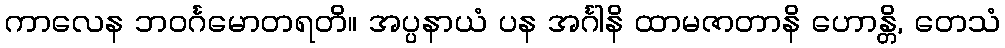
ကာလေန ဘဝင်္ဂမောတရတိ။ အပ္ပနာယံ ပန အင်္ဂါနိ ထာမဇာတာနိ ဟောန္တိ, တေသံ